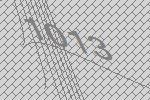
1013